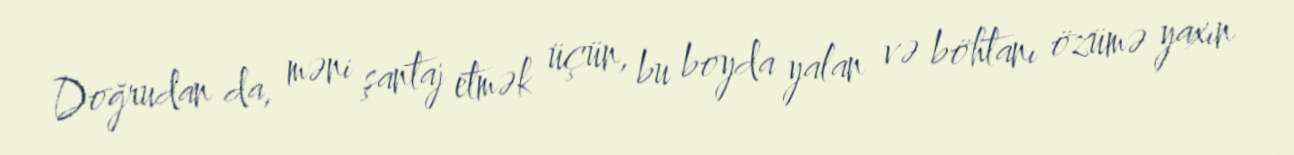
Doğrudan da, məni şantaj etmək üçün, bu boyda yalan və böhtanı özümə yaxın